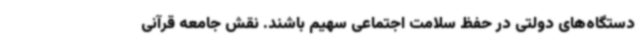
دستگاه‌های دولتی در حفظ سلامت اجتماعی سهیم باشند. نقش جامعه قرآنی